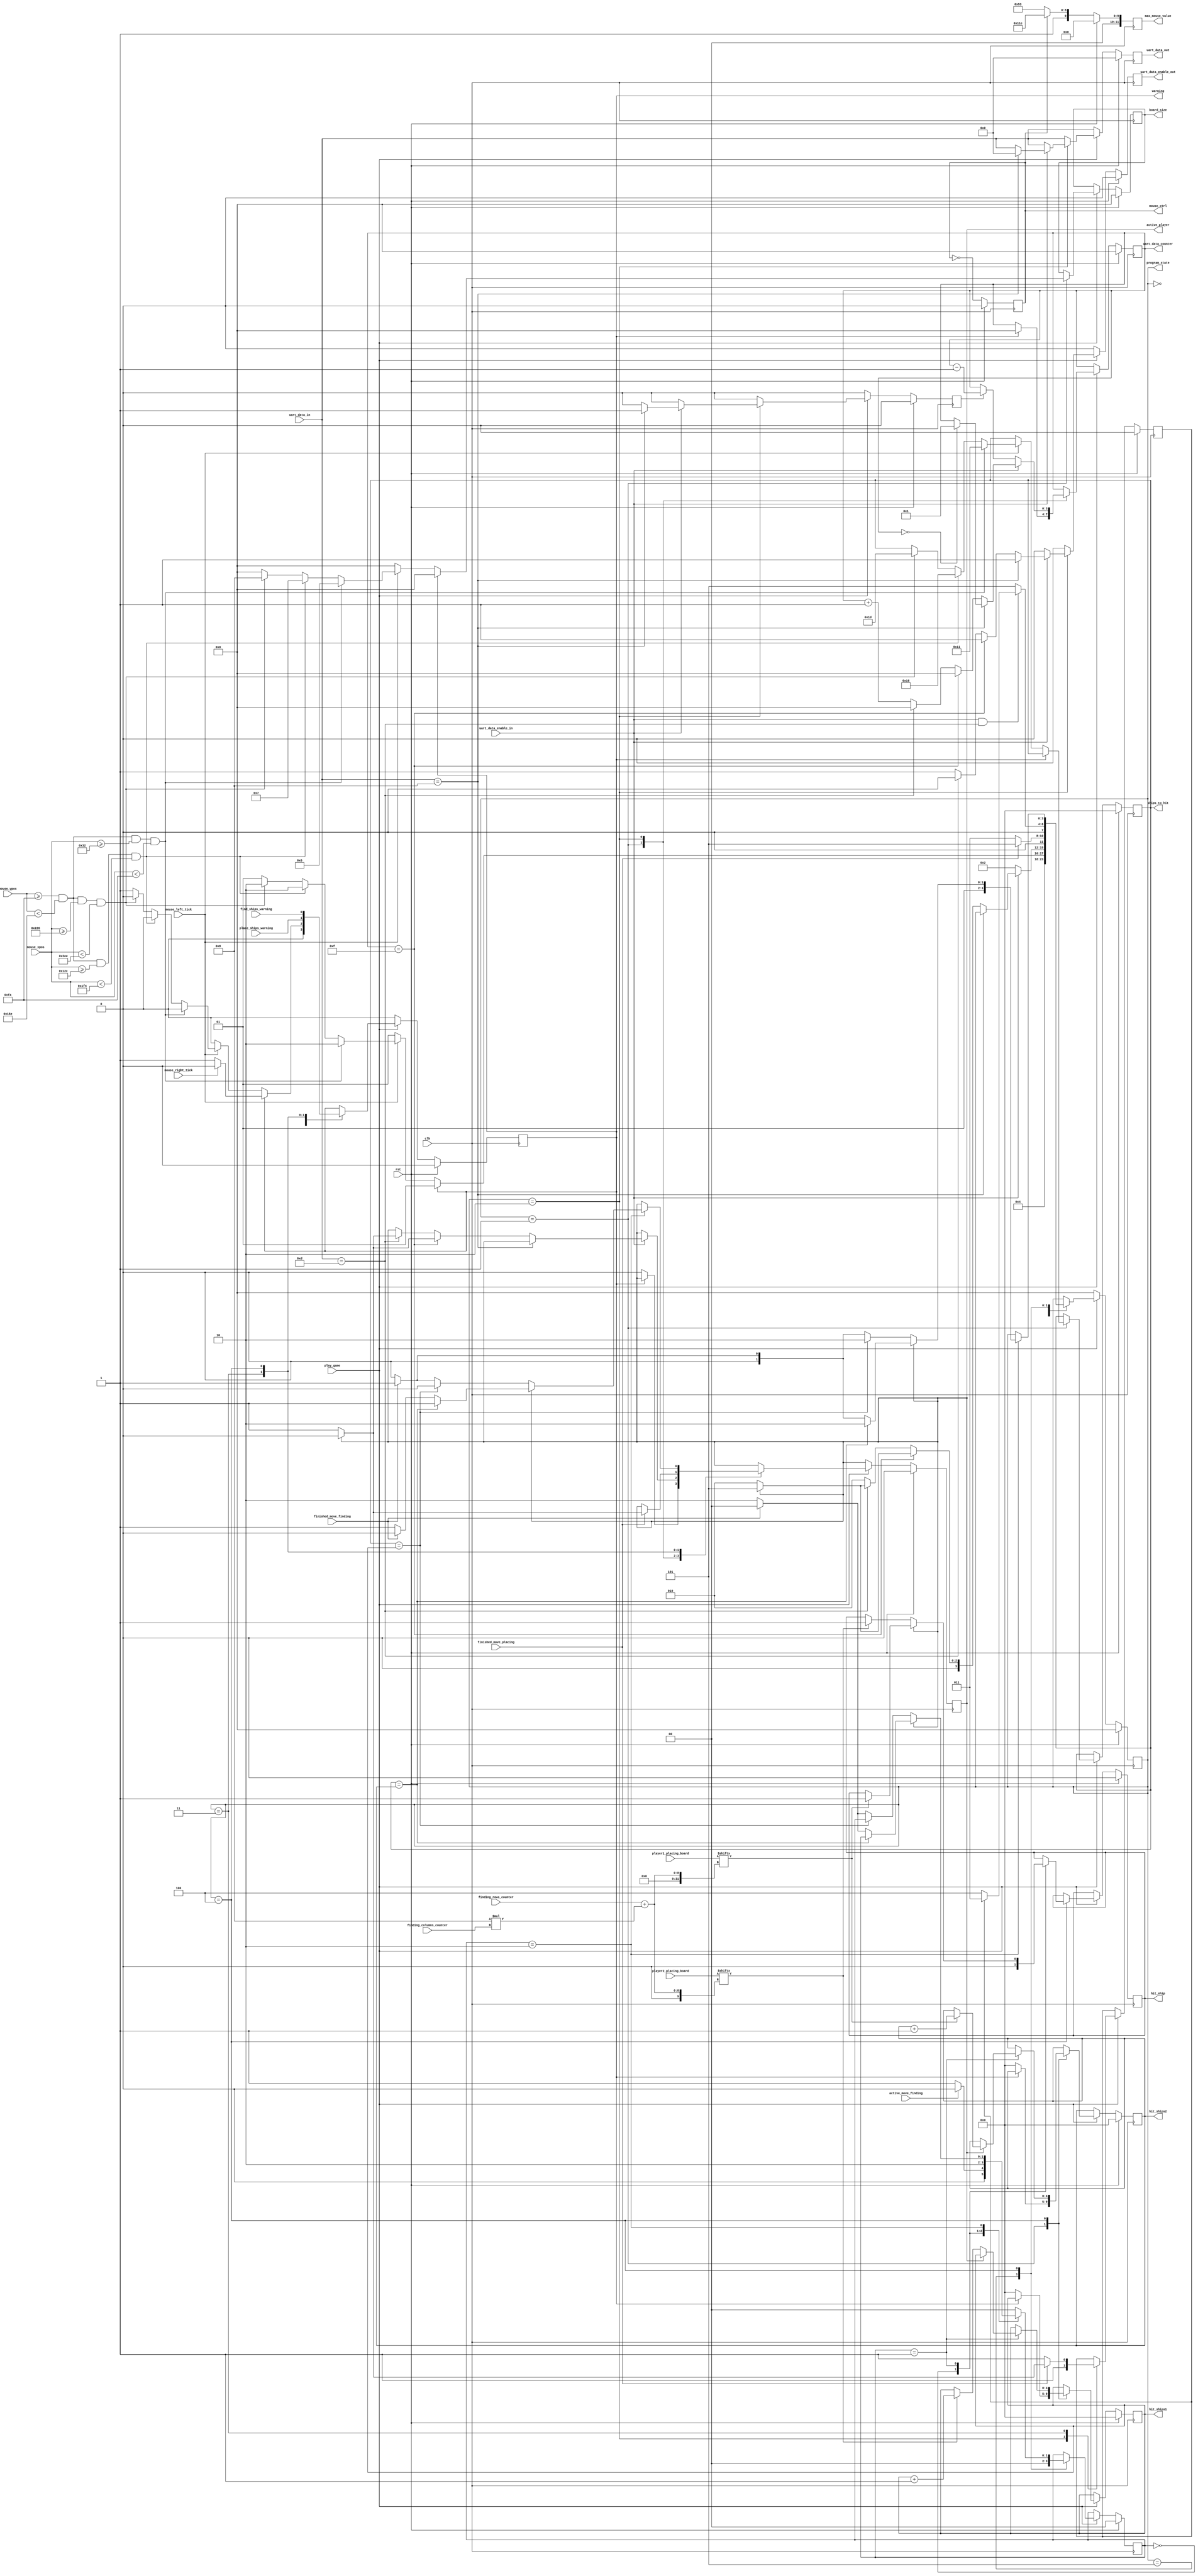
`timescale 1ns / 1ps

//////////////////////////////////////////////////////////////////////////////////
// Module Name: ProgramData
// Project Name: Statki
// Description: Modu ma za zadanie by "procesorem" programu. Jako sygnay wejciowe otrzymuje przyciski z pytki oraz myszk. Na ich podstawie
// wyznacza stan do ktrego bdzie przechodzi program.
//////////////////////////////////////////////////////////////////////////////////


module ProgramData(
    input wire clk,
    input wire rst,
    input wire play_game, 
    input wire [11:0] mouse_xpos,
    input wire [11:0] mouse_ypos,
    input wire mouse_left_tick,
    input wire mouse_right_tick, 
    input wire uart_data_enable_in,
    input wire [7:0] uart_data_in,
    input wire finished_move_placing,
    input wire finished_move_finding,
    input wire [63:0] player1_placing_board,
    input wire [63:0] player2_placing_board,
    input wire [3:0] finding_rows_counter,
    input wire [3:0] finding_columns_counter,
    input wire active_move_finding,
    input wire place_ships_warning,
    input wire find_ships_warning,
    output reg warning,
    output reg [3:0] program_state,
    output reg active_player,
    output reg [3:0] board_size,
    output reg uart_data_enable_out,
    output reg [7:0] uart_data_out,
    output reg [3:0] uart_data_counter,
    output reg [11:0] max_mouse_value,
    output reg mouse_ctrl,
    output reg hit_ship,
    output reg [4:0] hit_ships1,
    output reg [4:0] hit_ships2,
    output reg [4:0] ships_to_hit
    );

    // program states
    localparam IDLE = 4'b0000;
    localparam CHOSING_BOARD_SIZE = 4'b0001;
    localparam CHOSING_PLAYERS = 4'b0010;
    localparam PLACING_SHIPS = 4'b0011;
    localparam FINDING_SHIPS = 4'b0100;
    localparam SCREEN_BLANKING = 4'b0101;
    localparam GAME_ENDING = 4'b0110;
 
    // FINDING_SHIPS states
    localparam ACTIVE = 2'b00;
    localparam CHECKING = 2'b01;
    localparam WAITING = 2'b10;
       
    // buttons to choose board size
    localparam CHOOSING_SIZE_BUTTONS_WIDTH = 200;
    localparam CHOOSING_SIZE_BUTTONS_LENGTH = 100;
    localparam CHOOSING_SIZE_BUTTONS_YPOS = 250;
    localparam CHOOSING_SIZE_BUTTON1_XPOS = 50; 
    localparam CHOOSING_SIZE_BUTTON2_XPOS = 300;
    localparam CHOOSING_SIZE_BUTTON3_XPOS = 550; 
    

    reg [11:0] max_mouse_value_nxt;
    reg mouse_ctrl_nxt, uart_backspace, uart_backspace_nxt, from_blank_to_place_ships, from_blank_to_place_ships_nxt;    
    reg [7:0] uart_data_out_nxt;
    reg [4:0] hit_ships1_nxt, hit_ships2_nxt, ships_to_hit_nxt;
    reg [3:0] program_state_nxt, uart_data_counter_nxt;
    reg [3:0] board_size_nxt; // sygna informujcy o rozmiarze planszy
    reg warning_nxt, uart_data_enable_out_nxt, active_player_nxt, hit_ship_nxt;
    reg [1:0] placing_ship_action_nxt, finding_ships_state, finding_ships_state_nxt;
    
    always @(posedge clk)
    begin
        if(rst)
        begin
            mouse_ctrl <= 0;
            max_mouse_value <= 0;
            program_state <= IDLE;
            warning <= 0;
            from_blank_to_place_ships <= 0;
            active_player <= 0;
            board_size <= 0;
            uart_data_enable_out <= 0;
            uart_data_out <= 0;
            uart_data_counter <= 0;
            uart_backspace <= 0;
            hit_ships1 <= 0;
            hit_ships2 <= 0;
            ships_to_hit <= 0;
            finding_ships_state <= 0;
            hit_ship <= 0;
        end
        else
        begin
            mouse_ctrl <= mouse_ctrl_nxt;
            max_mouse_value <= max_mouse_value_nxt;
            program_state <= program_state_nxt;
            warning <= warning_nxt;
            from_blank_to_place_ships <= from_blank_to_place_ships_nxt;
            active_player <= active_player_nxt;
            board_size <= board_size_nxt;
            uart_data_enable_out <= uart_data_enable_out_nxt;
            uart_data_out <= uart_data_out_nxt;
            uart_data_counter <= uart_data_counter_nxt;
            uart_backspace <= uart_backspace_nxt;
            hit_ships1 <= hit_ships1_nxt;
            hit_ships2 <= hit_ships2_nxt;
            ships_to_hit <= ships_to_hit_nxt;
            finding_ships_state <= finding_ships_state_nxt;
            hit_ship <= hit_ship_nxt;
        end
    end    
 
    always @*
    begin // ustawiamy domylne wartoci dla wszystkich sygnaw wyjciowych
        mouse_ctrl_nxt = !mouse_ctrl; // sygnay do kontroli myszki
        if(mouse_ctrl_nxt) // ustawia od maksymalne wartoci xpos i ypos
            max_mouse_value_nxt = 595;
        else
            max_mouse_value_nxt = 798; 
        program_state_nxt = program_state;
        warning_nxt = warning;
        from_blank_to_place_ships_nxt = from_blank_to_place_ships;
        active_player_nxt = active_player;
        board_size_nxt = board_size;
        uart_data_enable_out_nxt = 0;
        uart_data_out_nxt = uart_data_in;
        uart_data_counter_nxt = uart_data_counter;
        uart_backspace_nxt = 0;
        hit_ships1_nxt = hit_ships1;
        hit_ships2_nxt = hit_ships2;
        ships_to_hit_nxt = ships_to_hit;
        finding_ships_state_nxt = finding_ships_state;
        hit_ship_nxt = hit_ship;
        if(!play_game) // nalezy wlaczyc swicha V17 aby rozpoczac gre
        begin
            program_state_nxt = IDLE; // jestemy w stanie IDLE, czekamy na przycisk
            warning_nxt = 0;
        end
        else
        begin          
            case(program_state) // wchodzimy do case'a w ktrym ustawiamy wikszo sygnaw w module 
                IDLE:
                begin
                    program_state_nxt = CHOSING_BOARD_SIZE; // przechodzimy do wybrania rozmiaru planszy
                    warning_nxt = 0;
                end
                CHOSING_BOARD_SIZE: // naciskamy przycisk aby wybrac wielkosc planszy
                begin
                    if(warning) // jesli wcisnelismy zle 
                    begin
                        uart_data_counter_nxt = 0;
                        program_state_nxt = CHOSING_BOARD_SIZE;
                        if(mouse_right_tick) // to trzeba nacisnac prawy przycisk myszy aby wybrac wielkosc planszy ponownie
                        begin
                            board_size_nxt = 0;
                            warning_nxt = 0;
                        end
                        else // w przeciwnym razie utkniemy w programie
                        begin
                            board_size_nxt = 0;
                            warning_nxt = 1;
                        end
                    end
                    else
                    begin
                        active_player_nxt = 0;
                        hit_ships1_nxt = 0;
                        hit_ships2_nxt = 0;
                        if(mouse_left_tick) // sprawdzamy czy nacisnelismy odpowiedni przycisk na ekranie
                        begin
                            if((mouse_ypos >= CHOOSING_SIZE_BUTTONS_YPOS) && (mouse_ypos < CHOOSING_SIZE_BUTTONS_YPOS+CHOOSING_SIZE_BUTTONS_LENGTH) && (mouse_xpos >= CHOOSING_SIZE_BUTTON1_XPOS) && (mouse_xpos < CHOOSING_SIZE_BUTTON1_XPOS+CHOOSING_SIZE_BUTTONS_WIDTH)) 
                            begin // wybranie planszy = 6
                                ships_to_hit_nxt = 17;
                                board_size_nxt = 6;
                                warning_nxt = 0;
                                program_state_nxt = CHOSING_PLAYERS;
                            end
                            else if((mouse_ypos >= CHOOSING_SIZE_BUTTONS_YPOS) && (mouse_ypos < CHOOSING_SIZE_BUTTONS_YPOS+CHOOSING_SIZE_BUTTONS_LENGTH) && (mouse_xpos >= CHOOSING_SIZE_BUTTON2_XPOS) && (mouse_xpos < CHOOSING_SIZE_BUTTON2_XPOS+CHOOSING_SIZE_BUTTONS_WIDTH)) 
                            begin // wybranie planszy = 7
                                ships_to_hit_nxt = 22;
                                board_size_nxt = 7;
                                warning_nxt = 0;
                                program_state_nxt = CHOSING_PLAYERS;
                            end
                            else if((mouse_ypos >= CHOOSING_SIZE_BUTTONS_YPOS) && (mouse_ypos < CHOOSING_SIZE_BUTTONS_YPOS+CHOOSING_SIZE_BUTTONS_LENGTH) && (mouse_xpos >= CHOOSING_SIZE_BUTTON3_XPOS) && (mouse_xpos < CHOOSING_SIZE_BUTTON3_XPOS+CHOOSING_SIZE_BUTTONS_WIDTH)) 
                            begin // wybranie planszy = 8
                                ships_to_hit_nxt = 29;
                                board_size_nxt = 8;
                                warning_nxt = 0;
                                program_state_nxt = CHOSING_PLAYERS;                              
                            end 
                            else // zly przycisk, przechodzimy do stanu bledu
                            begin
                                board_size_nxt = 0;
                                warning_nxt = 1;
                                program_state_nxt = CHOSING_BOARD_SIZE;
                            end
                        end
                        else // gracz nie wykona adnej akcji 
                        begin
                            board_size_nxt = 0;
                            warning_nxt = 0;
                            program_state_nxt = CHOSING_BOARD_SIZE;                           
                        end
                    end
                end
                CHOSING_PLAYERS: // wybieramy nazw dla graczy
                begin
                    from_blank_to_place_ships_nxt = 1;
                    if(uart_data_enable_in) // dostajemy informacje o sygnale z uarta
                    begin
                        if(uart_data_in == 8) // wpisalimy backspace
                        begin
                            if(uart_data_counter == 0)
                                uart_data_counter_nxt = 1;
                            else
                                uart_data_counter_nxt = uart_data_counter;
                            uart_data_enable_out_nxt = 1;
                            uart_data_out_nxt = 0;
                            uart_backspace_nxt = 1;
                        end
                        else
                        begin
                            uart_backspace_nxt = 0;
                            if(uart_data_counter == 15) // jeli licznik danych jest ustawiony na warto 15
                            begin
                                uart_data_counter_nxt = 0;
                                uart_data_enable_out_nxt = 1;
                                if(active_player) // to w zalenoci od tego czy otrzymywalimy znaki od pierwszego czy drugiego gracza
                                begin
                                    program_state_nxt = SCREEN_BLANKING; // przechodzimy do umieszczania statkw (jeli poprzednie znaki pochodziy od 2 gracza)
                                    active_player_nxt = 0;
                                end
                                else
                                begin
                                    program_state_nxt = CHOSING_PLAYERS; // przechodzimy do wysyania imienia dla drugiego gracza (jeli poprzednie znaki pochodziy od 1 gracza)
                                    active_player_nxt = 1;
                                end
                            end
                            else
                            begin
                                if(uart_data_in == 13) // jeli otrzyamlimy enter to zachowujemy si analogicznie jakbymy otrzymali ostatni znak imienia
                                begin
                                    uart_data_counter_nxt = 0;
                                    uart_data_enable_out_nxt = 0;
                                    if(active_player)
                                    begin
                                        program_state_nxt = SCREEN_BLANKING;
                                        active_player_nxt = 0;
                                    end
                                    else
                                    begin
                                        program_state_nxt = CHOSING_PLAYERS;
                                    active_player_nxt = 1;
                                    end 
                                end
                                else
                                begin
                                    uart_data_counter_nxt = uart_data_counter+1;
                                    uart_data_enable_out_nxt = 1;
                                    active_player_nxt = active_player;
                                    program_state_nxt = CHOSING_PLAYERS;
                                end
                            end
                        end 
                    end
                    else // gracz nie wykona adnej akcji
                    begin
                        if(uart_backspace == 1)
                            uart_data_counter_nxt = uart_data_counter-1;
                        else
                            uart_data_counter_nxt = uart_data_counter;
                        uart_data_enable_out_nxt = 0;
                        active_player_nxt = active_player;
                        program_state_nxt = CHOSING_PLAYERS;
                    end    
                end
                PLACING_SHIPS:
                begin
                    warning_nxt = place_ships_warning;
                    if(finished_move_placing)
                    begin
                        program_state_nxt = SCREEN_BLANKING;
                        if(active_player)
                        begin
                            from_blank_to_place_ships_nxt  = 0;
                            active_player_nxt = 0;
                        end
                        else
                        begin
                            from_blank_to_place_ships_nxt = 1;
                            active_player_nxt = 1;
                        end
                    end
                    else
                    begin
                        program_state_nxt = PLACING_SHIPS;
                        from_blank_to_place_ships_nxt = 1;
                    end
                end             
                SCREEN_BLANKING:
                begin
                    finding_ships_state_nxt = ACTIVE;
                    if((uart_data_enable_in == 1) && (uart_data_in == 13)) // nacinicie enteru
                    begin
                        if(from_blank_to_place_ships) 
                            program_state_nxt = PLACING_SHIPS;
                        else
                            program_state_nxt = FINDING_SHIPS;
                    end
                    else
                        program_state_nxt = SCREEN_BLANKING;
                end

                FINDING_SHIPS:
                begin
                    warning_nxt = find_ships_warning;
                    case(finding_ships_state)
                        ACTIVE:
                        begin
                            hit_ship_nxt = 0;
                            if(active_move_finding)
                                finding_ships_state_nxt = ACTIVE;
                            else
                                finding_ships_state_nxt = CHECKING;             
                        end
                        CHECKING:
                        begin
                            finding_ships_state_nxt = WAITING; 
                            if(active_player)
                            begin
                                if(player1_placing_board[finding_rows_counter+8*finding_columns_counter] == 1)
                                begin
                                    hit_ships2_nxt = hit_ships2+1;
                                    hit_ship_nxt = 1;
                                end                                                                            
                            end
                            else
                            begin
                                if(player2_placing_board[finding_rows_counter+8*finding_columns_counter] == 1)
                                begin
                                    hit_ships1_nxt = hit_ships1+1;
                                    hit_ship_nxt = 1;
                                end
                            end
                        end
                        WAITING:
                        begin
                            if(active_player)
                            begin
                                if(ships_to_hit == hit_ships2)
                                    program_state_nxt = GAME_ENDING;
                                else
                                begin
                                    if(finished_move_finding)
                                    begin
                                        program_state_nxt = SCREEN_BLANKING;
                                        finding_ships_state_nxt = ACTIVE;
                                        active_player_nxt = 0;
                                    end
                                    else
                                    begin
                                        program_state_nxt = FINDING_SHIPS;
                                        finding_ships_state_nxt = WAITING;                                     
                                    end
                                end 
                            end
                            else
                            begin
                                if(ships_to_hit == hit_ships1)
                                    program_state_nxt = GAME_ENDING;
                                else
                                begin
                                    if(finished_move_finding)
                                    begin
                                        program_state_nxt = SCREEN_BLANKING;
                                        finding_ships_state_nxt = ACTIVE;
                                        active_player_nxt = 1;
                                    end
                                    else
                                    begin
                                        program_state_nxt = FINDING_SHIPS;
                                        finding_ships_state_nxt = WAITING;                                     
                                    end
                                end 
                            end
                        end
                        default:
                            finding_ships_state_nxt = ACTIVE;
                    endcase   
                end
            endcase
        end
    end
endmodule